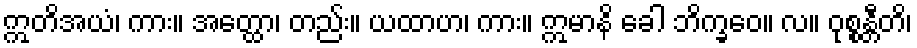
ဣတိအယံ၊ ကား။ အတ္ထော၊ တည်း။ ယထာဟ၊ ကား။ ဣမာနိ ခေါ ဘိက္ခဝေ။ လ။ ဝုစ္စန္တီတိ၊